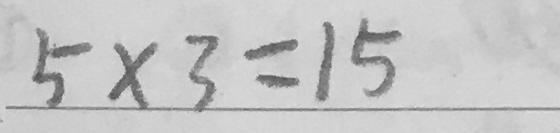
5 \times 3 = 1 5